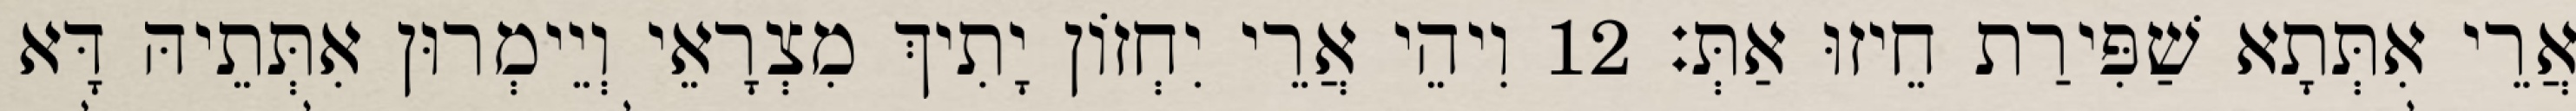
אֲרֵי אִתְּתָא שַׁפִּירַת חֵיזוּ אַתְּ׃ 12 וִיהֵי אֲרֵי יִחְזוֹן יָתִיךְ מִצְרָאֵי וְיֵימְרוּן אִתְּתֵיהּ דָּא